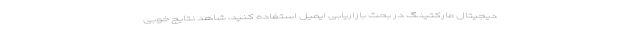
دیجیتال مارکتینگ در بحث بازاریابی ایمیل استفاده کنید، شاهد نتایج خوبی